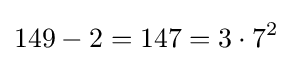
149-2=147=3\cdot 7^{2}